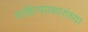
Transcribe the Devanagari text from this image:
साहित्यप्रकारांच्या